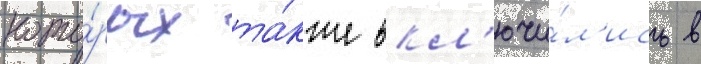
кото́рых та́кже вкл'ючи́л'ись в